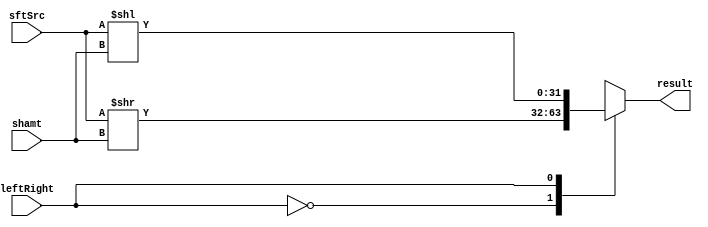
module Shifter( result, leftRight, shamt, sftSrc );

//I/O ports 
output	[32-1:0] result;

input			leftRight;
input	[5-1:0] shamt;
input	[32-1:0] sftSrc ;

//Internal Signals
wire	[32-1:0] result;
  
//Main function
reg [31:0] res;
always@(leftRight, sftSrc, shamt) begin
	case(leftRight)
		1'b0: res <= sftSrc >> shamt;
		1'b1: res <= sftSrc << shamt;
	endcase
end

assign result = res;

endmodule